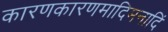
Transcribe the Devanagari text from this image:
कारणकारणमादिमनादिं